Papers set at the Examination for Leaving Certificates, 1894
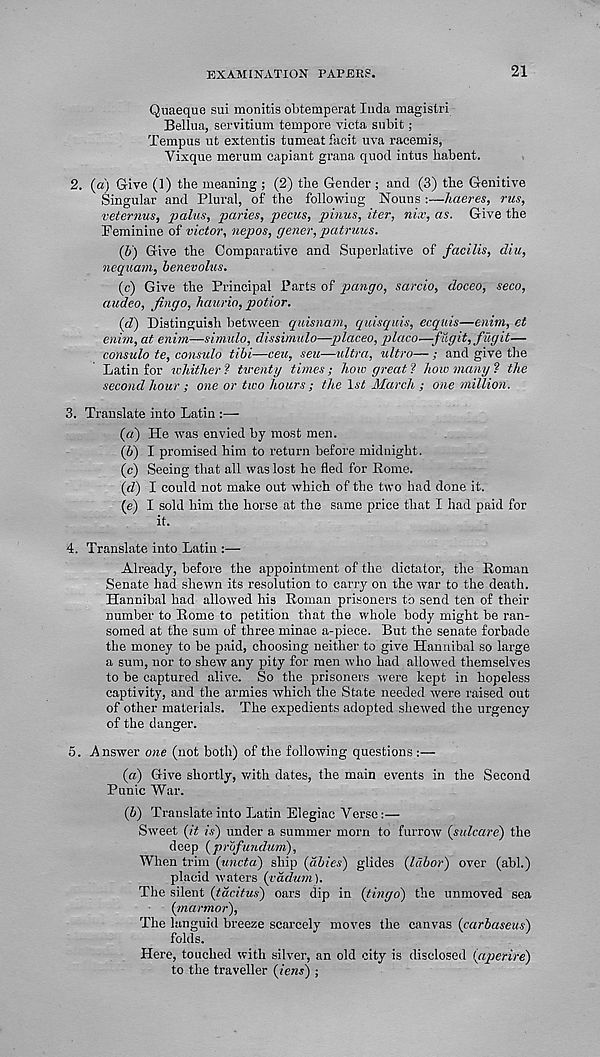
EXAMINATION PAPEES.
21
Quaeque sui monitis obtemperat luda magistri
Bellua, servitium tempore victa subit ;
Tempus ut extentis tumeat facit uva racemis,
Yixque merum capiant grana quod intus habent.
2. (a) Give (1) the meaning ; (2) the Gender ; and (3) the Genitive
Singular and Plural, of the following Nouns :—haeres, rus,
veternus, pains, paries, pecus, pinus, iter, nix, as. Give the
Feminine of victor, nepos, gener, patruus.
(b) Give the Comparative and Superlative of facilis, diu,
nequam, benevolus.
(c) Give the Principal Parts of pango, sarcio, doceo, seco,
audeo, Jingo, haurio, potior.
(d) Distinguish between qwisnam, quisquis, ecquis—enim, et
enim, at enim—simulo, dissimulo—placeo, placo—fugit, fugit—
consulo te, consulo tibi—ceu, sen—ultra, ultra— ; and give the
Latin for whither? twenty times; how great? how many? the
second hour ; one or two hours ; the 1st March ; one million.
3. Translate into Latin :—
(a) He was envied by most men.
(&) I promised him to return before midnight.
(c) Seeing that all was lost he fled for Rome.
{d) I could not make out which of the two had done it.
(e) I sold him the horse at the same price that I had paid for
it.
4. Translate into Latin :—
Already, before the appointment of the dictator, the Roman
Senate had shewn its resolution to carry on the war to the death.
Hannibal had allowed his Roman prisoners to send ten of their
number to Rome to petition that the whole body might be ran-
somed at the sum of three minae a-piece. But the senate forbade
the money to be paid, choosing neither to give Hannibal so large
a sum, nor to shew any pity for men who had allowed themselves
to be captured alive. So the prisoners were kept in hopeless
captivity, and the armies which the State needed were raised out
of other materials. The expedients adopted shewed the urgency
of the danger.
5. Answer one (not both) of the following questions:—
(а) Give shortly, with dates, the main events in the Second
Punic War.
(б) Translate into Latin Elegiac Verse:—
Sweet (it is) under a summer morn to furrow (sidcare) the
deep (prbfmidum).
When trim (undo) ship (abies) glides (labor) over (abl.)
placid waters (vadum).
The silent (tacitus) oars dip in (tingo) the unmoved sea
(marmor),
The languid breeze scarcely moves the canvas (carbaseus)
folds.
Here, touched with silver, an old city is disclosed (aperire)
to the traveller (iens) ;